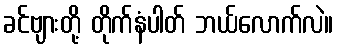
ခင်ဗျားတို့ တိုက်နံပါတ် ဘယ်လောက်လဲ။